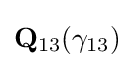
\mathbf {Q} _{13}(\gamma _{13})